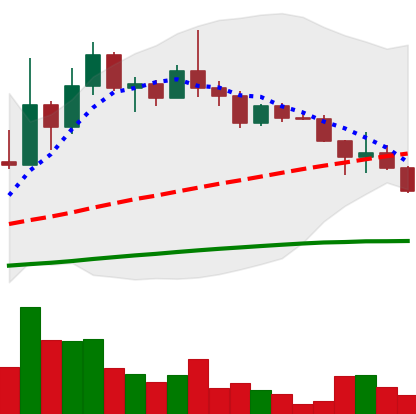
Ticker: DOGE-USD
Chart end date: 2022-12-15
Forward return: -11.552%
Label: down_7plus